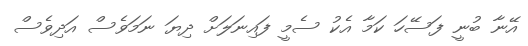
އޭނާ ބުނީ ފަސޭހަ ކަމާ އެކު ސެމީ ފައިނަލަށް ދިޔަ ނަމަވެސް އަދިވެސް